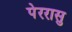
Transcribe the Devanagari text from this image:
पेररासु